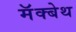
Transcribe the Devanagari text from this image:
मॅक्बेथ